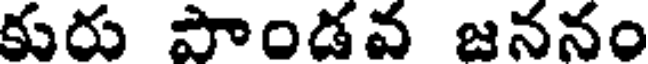
కురు పాండవ జననం